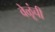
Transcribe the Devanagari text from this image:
वेळूंची